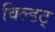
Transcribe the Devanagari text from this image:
विल्डट्